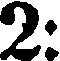
2: